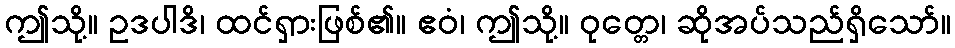
ဤသို့။ ဥဒပါဒိ၊ ထင်ရှားဖြစ်၏။ ဧဝံ၊ ဤသို့။ ဝုတ္တေ၊ ဆိုအပ်သည်ရှိသော်။